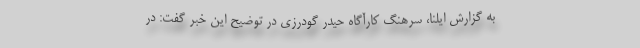
به گزارش ایلنا،‌ سرهنگ کارآگاه حیدر گودرزی در توضیح این خبر گفت: در